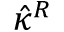
\hat { \kappa } ^ { R }